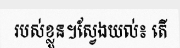
របស់ខ្លួន។ស្វែងយល់៖ តើ